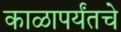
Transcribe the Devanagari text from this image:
काळापर्यंतचे